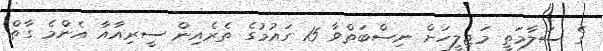
ގެ ސަލާމަތީ މަޖިލީހަށް ނިސްބަތްވާ 15 ގައުމުގެ ތެރެއިން ސީރިއާއާ އެންމެ ގާތް